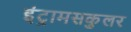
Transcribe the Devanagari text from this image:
इंट्रामसकुलर